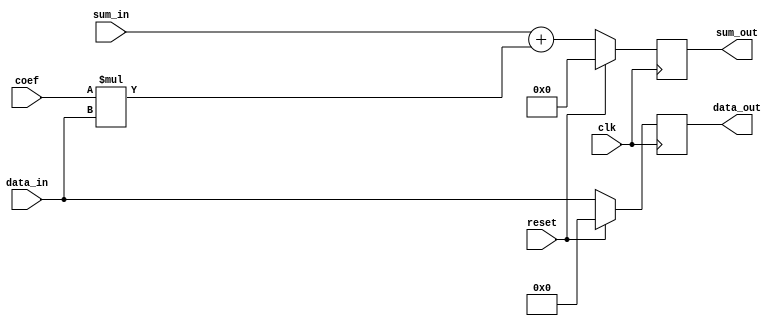
module tap(reset, clk, data_in, data_out, coef, sum_in, sum_out);
    input reset, clk;
    input signed [7:0] data_in;
    input signed [15:0] coef;
    input signed [23:0] sum_in;
    output reg signed [7:0] data_out;
    output reg signed [23:0] sum_out;
    always@(posedge clk) begin
        if(reset) begin
			  sum_out <= 0;
			  data_out <= 0;
        end else begin
			  data_out <= data_in;
			  sum_out <= sum_in + coef * data_in;
        end
    end
endmodule